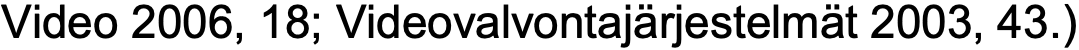
Video 2006, 18; Videovalvontajärjestelmät 2003, 43.)